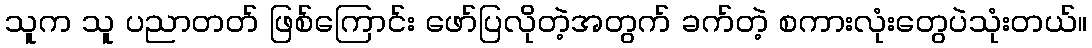
သူက သူ ပညာတတ် ဖြစ်ကြောင်း ဖော်ပြလိုတဲ့အတွက် ခက်တဲ့ စကားလုံးတွေပဲသုံးတယ်။